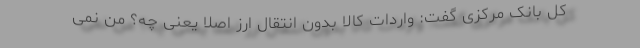
کل بانک مرکزی گفت: واردات کالا بدون انتقال ارز اصلا یعنی چه؟ من نمی